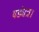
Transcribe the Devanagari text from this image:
षड्यंत्र।